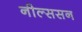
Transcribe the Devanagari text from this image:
नील्ससन